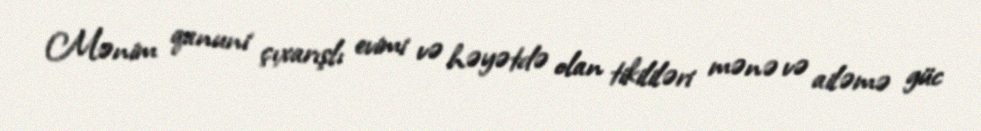
Mənim qanuni çıxarışlı evimi və həyətdə olan tikililəri mənə və ailəmə güc